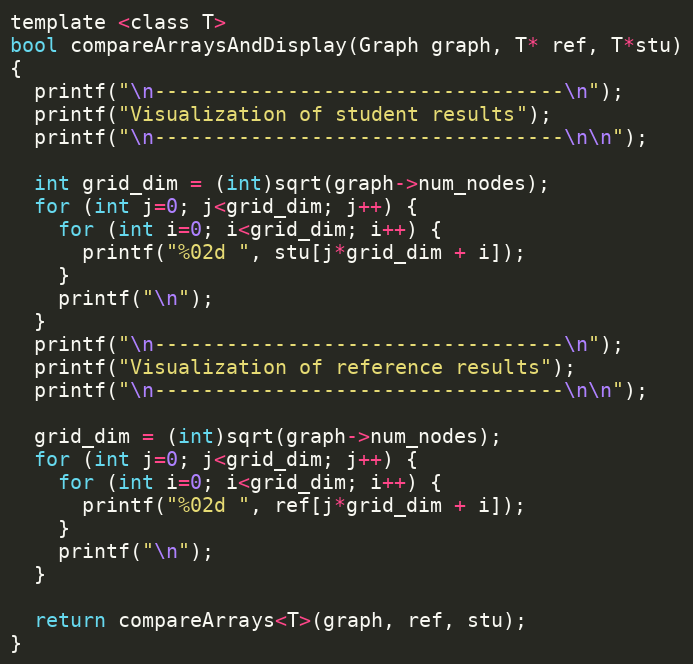
Language: C
template <class T>
bool compareArraysAndDisplay(Graph graph, T* ref, T*stu)
{
  printf("\n----------------------------------\n");
  printf("Visualization of student results");
  printf("\n----------------------------------\n\n");

  int grid_dim = (int)sqrt(graph->num_nodes);
  for (int j=0; j<grid_dim; j++) {
    for (int i=0; i<grid_dim; i++) {
      printf("%02d ", stu[j*grid_dim + i]);
    }
    printf("\n");
  }
  printf("\n----------------------------------\n");
  printf("Visualization of reference results");
  printf("\n----------------------------------\n\n");

  grid_dim = (int)sqrt(graph->num_nodes);
  for (int j=0; j<grid_dim; j++) {
    for (int i=0; i<grid_dim; i++) {
      printf("%02d ", ref[j*grid_dim + i]);
    }
    printf("\n");
  }

  return compareArrays<T>(graph, ref, stu);
}